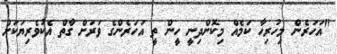
"އަހަރެން މިހުރިހާ ކަމެއް މިކޮށްދިނީ ހީން ތީ އަހަރެންގެ ވަރަށް ގާތް އެކުވެރިޔަކަށް